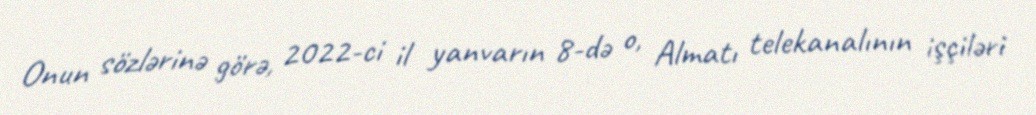
Onun sözlərinə görə, 2022-ci il yanvarın 8-də o, Almatı telekanalının işçiləri